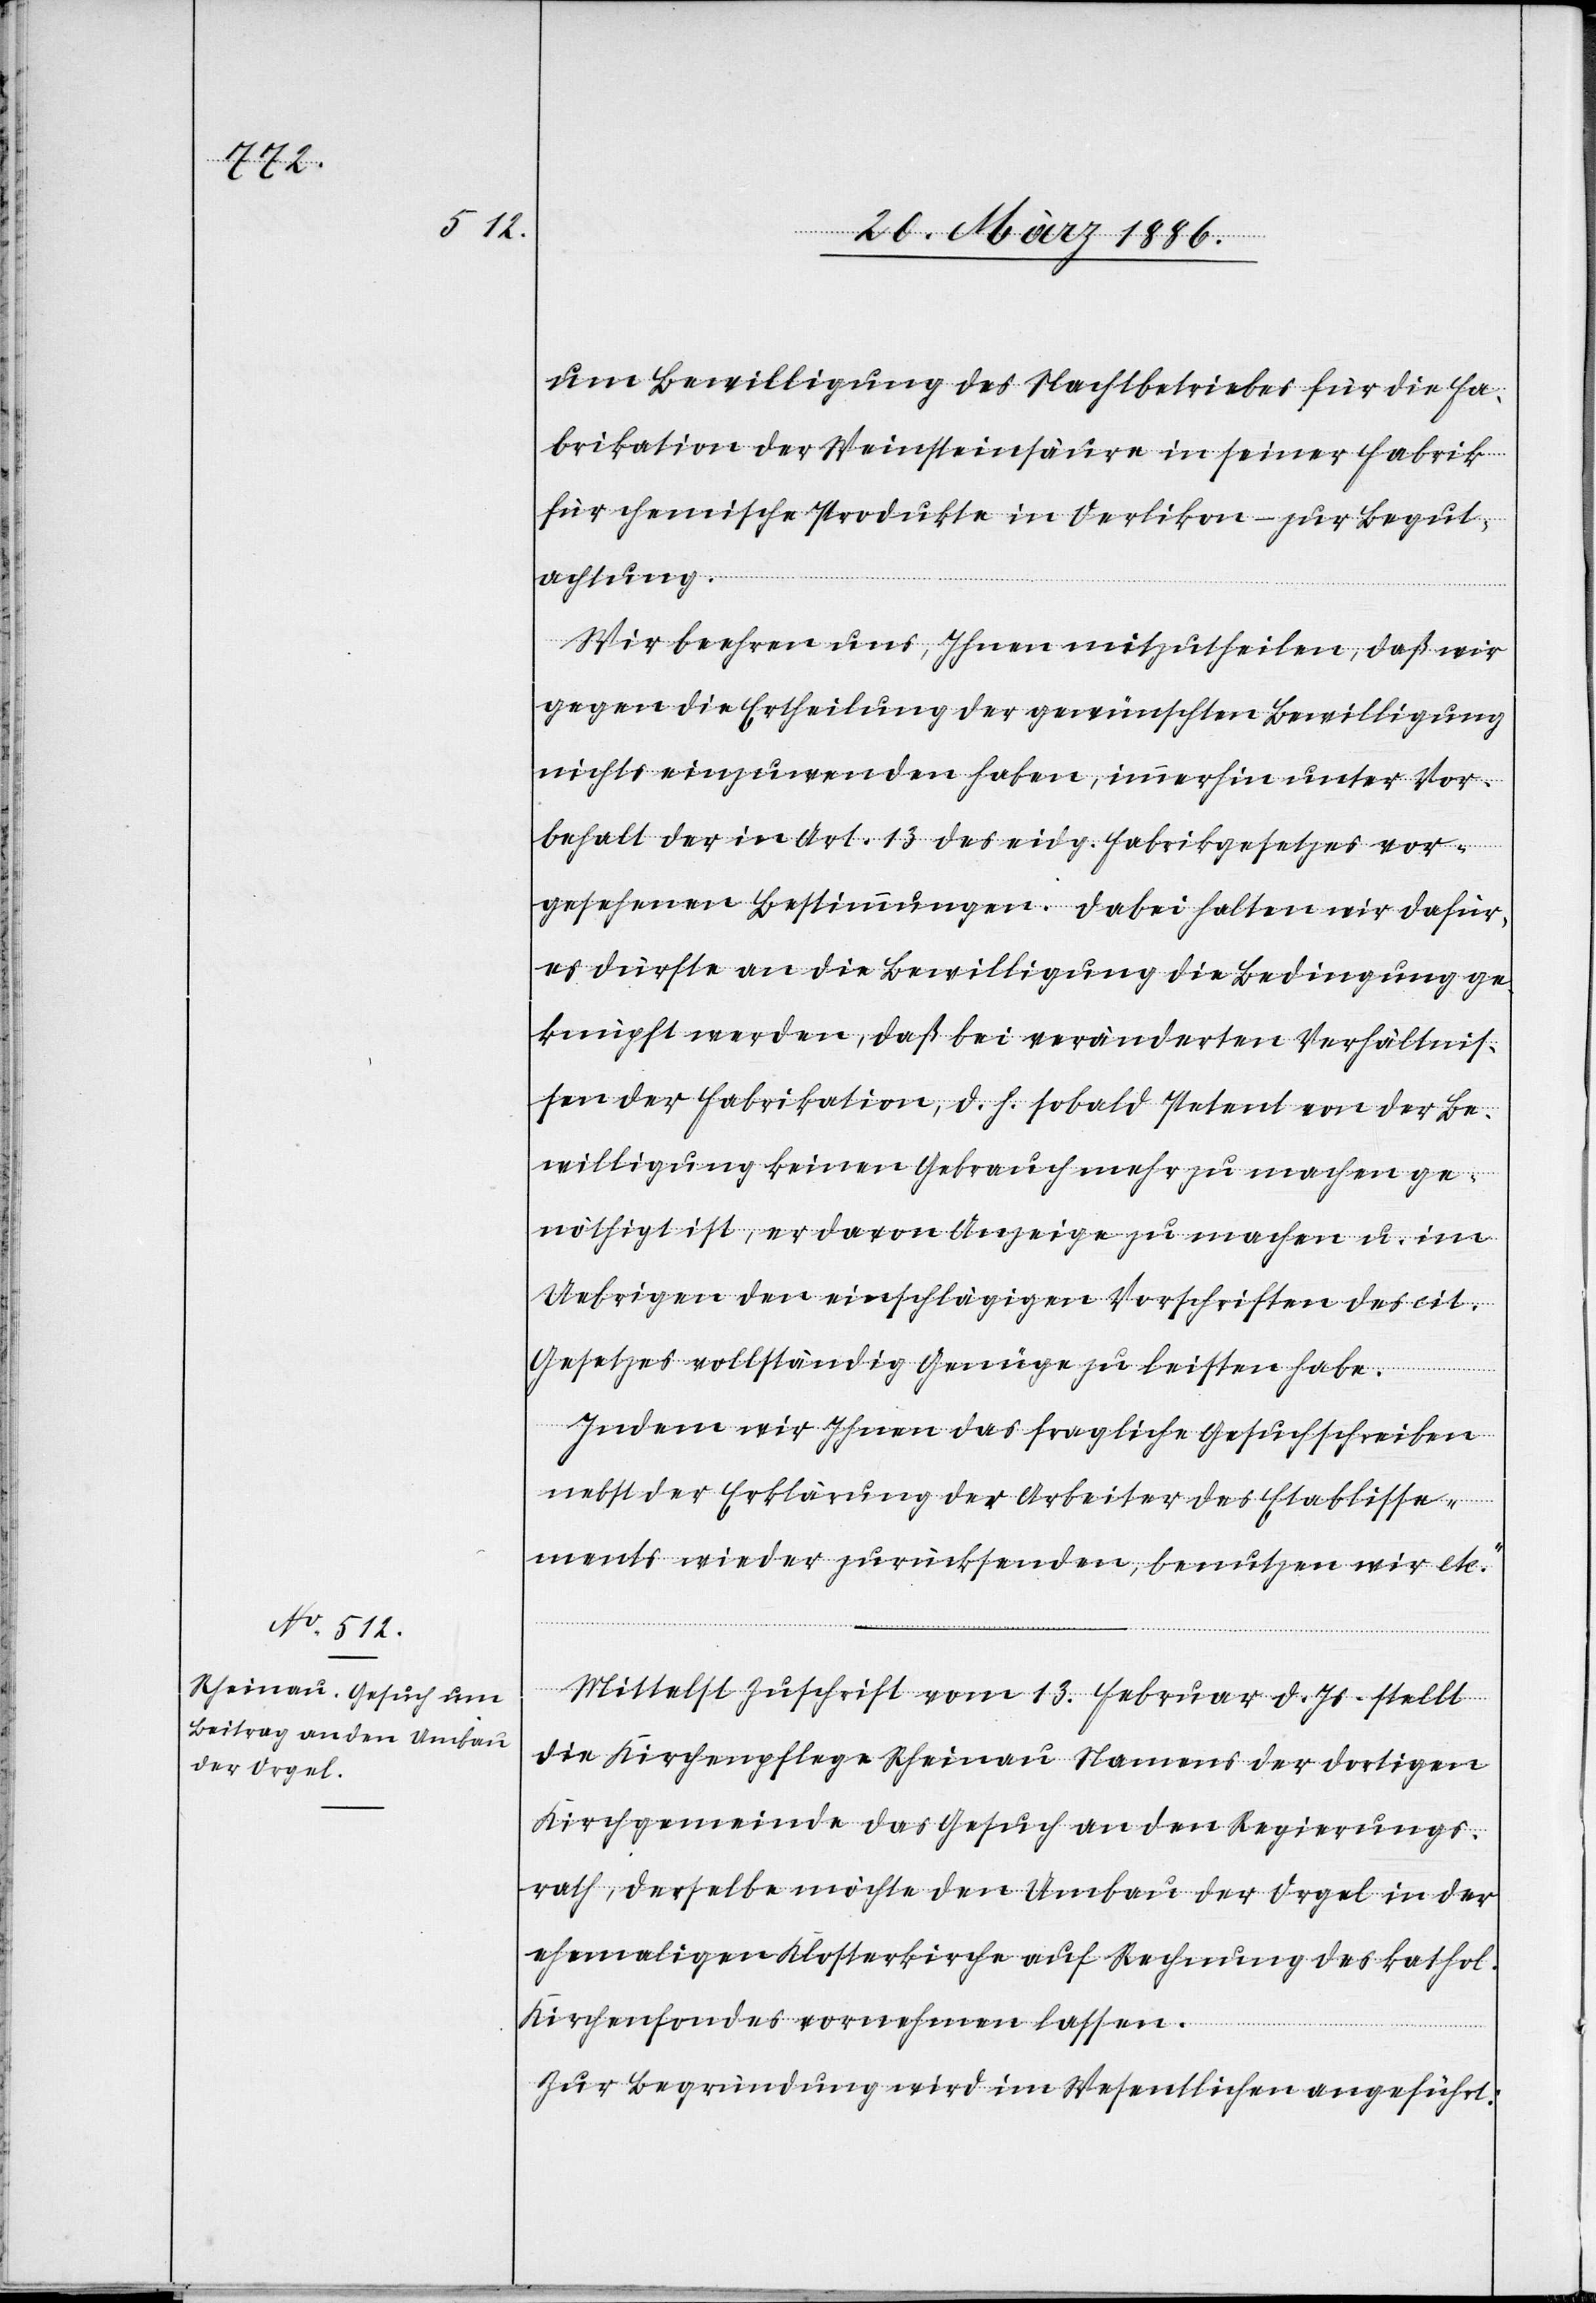
um Bewilligung des Nachtbetriebes für die Fa¬
brikation der Weinsteinsäure in seiner Fabrik
für chemische Produkte in Oerlikon – zur Begut¬
achtung.
Wir beehren uns, Ihnen mitzutheilen, daß wir
gegen die Ertheilung der gewünschten Bewilligung
nichts einzuwenden haben, immerhin unter Vor¬
behalt der in Art. 13 des eidg. Fabrikgesetzes vor¬
gesehenen Bestimmungen. Dabei halten wir dafür,
es dürfte an die Bewilligung die Bedingung ge¬
knüpft werden, daß bei veränderten Verhältnis¬
sen der Fabrikation, d. h. sobald Petent an der Be¬
willigung keinen Gebrauch mehr zu machen ge¬
nöthigt ist, er davon Anzeige zu machen u. im
Uebrigen den einschlägigen Vorschriften des cit.
Gesetzes vollständig Genüge zu leisten habe.
Indem wir Ihnen das fragliche Gesuchscheiben
nebst der Erklärung der Arbeiter des Etablisse¬
ments wieder zurücksenden, benutzen wir etc.“
Mittelst Zuschrift vom 13. Februar d. Js. stellt
die Kirchenpflege Rheinau Namens der dortigen
Kirchgemeinde das Gesuch an den Regierungs¬
rath, derselbe möchte den Umbau der Orgel in der
ehemaligen Klosterkirche auf Rechnung des kathol.
Kirchenfondes vornehmen lassen.
Zur Begründung wird im Wesentlichen angeführt: